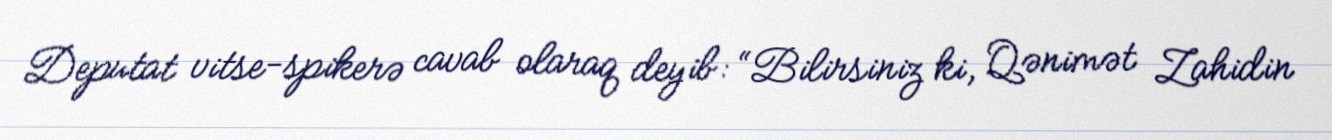
Deputat vitse-spikerə cavab olaraq deyib: “Bilirsiniz ki, Qənimət Zahidin